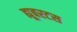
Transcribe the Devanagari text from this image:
ह्यूबरटस